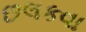
છલકવા